Malarial fevers
Disease focus: Malaria
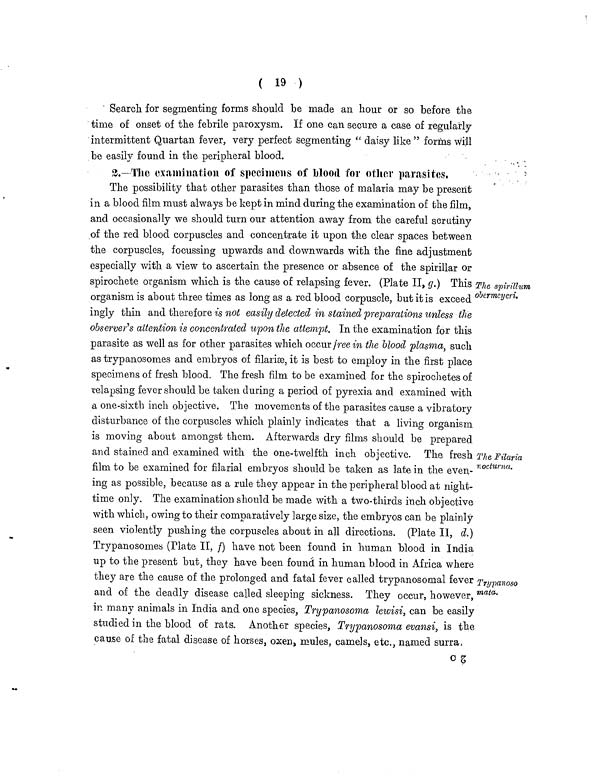
( 19 )
Search for segmenting forms should be made an hour or so before the
time of onset of the febrile paroxysm. If one can secure a case of regularly
intermittent Quartan fever, very perfect segmenting " daisy like " forms will
be easily found in the peripheral blood.
2.—The examination of specimens of blood for other parasites.
The spirillum
0bermeyeri.
The Filaria
nocturna.
Trypanoso
mala.
The possibility that other parasites than those of malaria may be present
in a blood film must always be kept in mind during the examination of the film,
and occasionally we should turn our attention away from the careful scrutiny
of the red blood corpuscles and concentrate it upon the clear spaces between
the corpuscles, focussing upwards and downwards with the fine adjustment
especially with a view to ascertain the presence or absence of the spirillar or
spirochete organism which is the cause of relapsing fever. (Plate II, g.) This
organism is about three times as long as a red blood corpuscle, but it is exceed
ingly thin and therefore is not easily detected in stained preparations unless the
observer's attention is concentrated upon the attempt. In the examination for this
parasite as well as for other parasites which occur free in the blood plasma, such
as trypanosomes and embryos of filariæ, it is best to employ in the first place
specimens of fresh blood. The fresh film to be examined for the spirochetes of
relapsing fever should be taken during a period of pyrexia and examined with
a one-sixth inch objective. The movements of the parasites cause a vibratory
disturbance of the corpuscles which plainly indicates that a living organism
is moving about amongst them. Afterwards dry films should be prepared
and stained and examined with the one-twelfth inch objective. The fresh
film to be examined for filarial embryos should be taken as late in the even-
ing as possible, because as a rule they appear in the peripheral blood at night-
time only. The examination should be made with a two-thirds inch objective
with which, owing to their comparatively large size, the embryos can be plainly
seen violently pushing the corpuscles about in all directions. (Plate II, d.)
Trypanosomes (Plate II, f) have not been found in human blood in India
up to the present but, they have been found in human blood in Africa where
they are the cause of the prolonged and fatal fever called trypanosomal fever
and of the deadly disease called sleeping sickness. They occur, however,
in many animals in India and one species, Trypanosoma lewisi, can be easily
studied in the blood of rats. Another species, Trypanosoma evansi, is the
cause of the fatal disease of horses, oxen, mules, camels, etc., named surra,
c 2